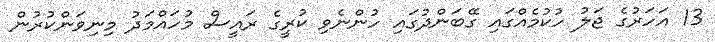
13 އަހަރުގެ ޖަލު ހުކުމެއްގައި ގޭބަންދުގައި ހުންނެވި ކުރީގެ ރައީސް މުހައްމަދު މިނިވަންކުރުން